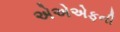
એએએફની